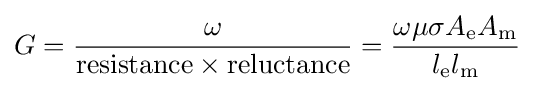
G={\frac {\omega }{\mathrm {resistance} \times \mathrm {reluctance} }}={\frac {\omega \mu \sigma A_{\mathrm {e} }A_{\mathrm {m} }}{l_{\mathrm {e} }l_{\mathrm {m} }}}